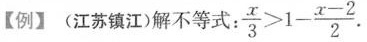
【例】(江苏镇江)解不等式： $$\frac { x } { 3 } > 1 - \frac { x - 2 } { 2 }$$.